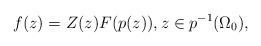
LaTeX: \begin{align*} f(z)=Z(z)F(p(z)), z\in p^{-1}(\Omega_0),\end{align*}